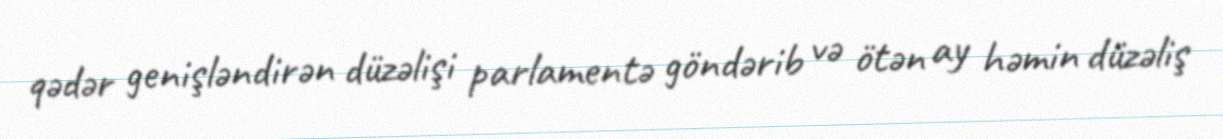
qədər genişləndirən düzəlişi parlamentə göndərib və ötən ay həmin düzəliş